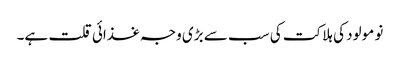
نو مولود کی ہلاکت کی سب سے بڑی وجہ غذائی قلت ہے۔